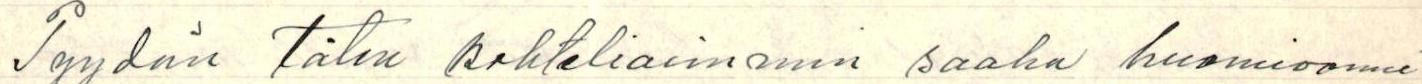
Pyydän täten kohteliaimmin saaha huomioonne